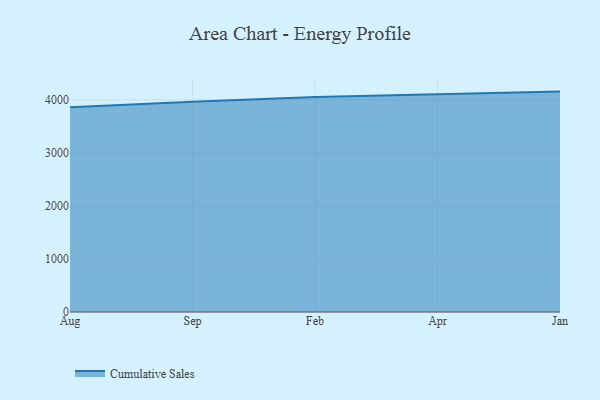
{"axis": {"x": "Month", "y": "Backlog"}, "legend": ["Cumulative Sales"], "data": [{"x": "Aug", "y": 3857.3, "type": "Cumulative Sales"}, {"x": "Sep", "y": 3963.7, "type": "Cumulative Sales"}, {"x": "Feb", "y": 4053.7, "type": "Cumulative Sales"}, {"x": "Apr", "y": 4096.8, "type": "Cumulative Sales"}, {"x": "Jan", "y": 4154.0, "type": "Cumulative Sales"}]}